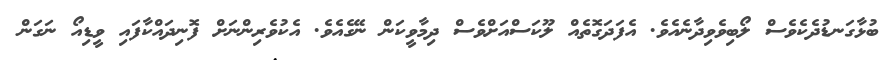
ބުޅާގަނޑުދެކެވެސް ލޯބިވެވިދާނެއެވެ. އެފަދަގޮތެއް ލޫކަސްއަށްވެސް ދިމާވީކަން ނޭގެއެވެ. އެކުވެރިންނަށް ފޮނިދައްކާފައި ވީޑިއޯ ނަގަން